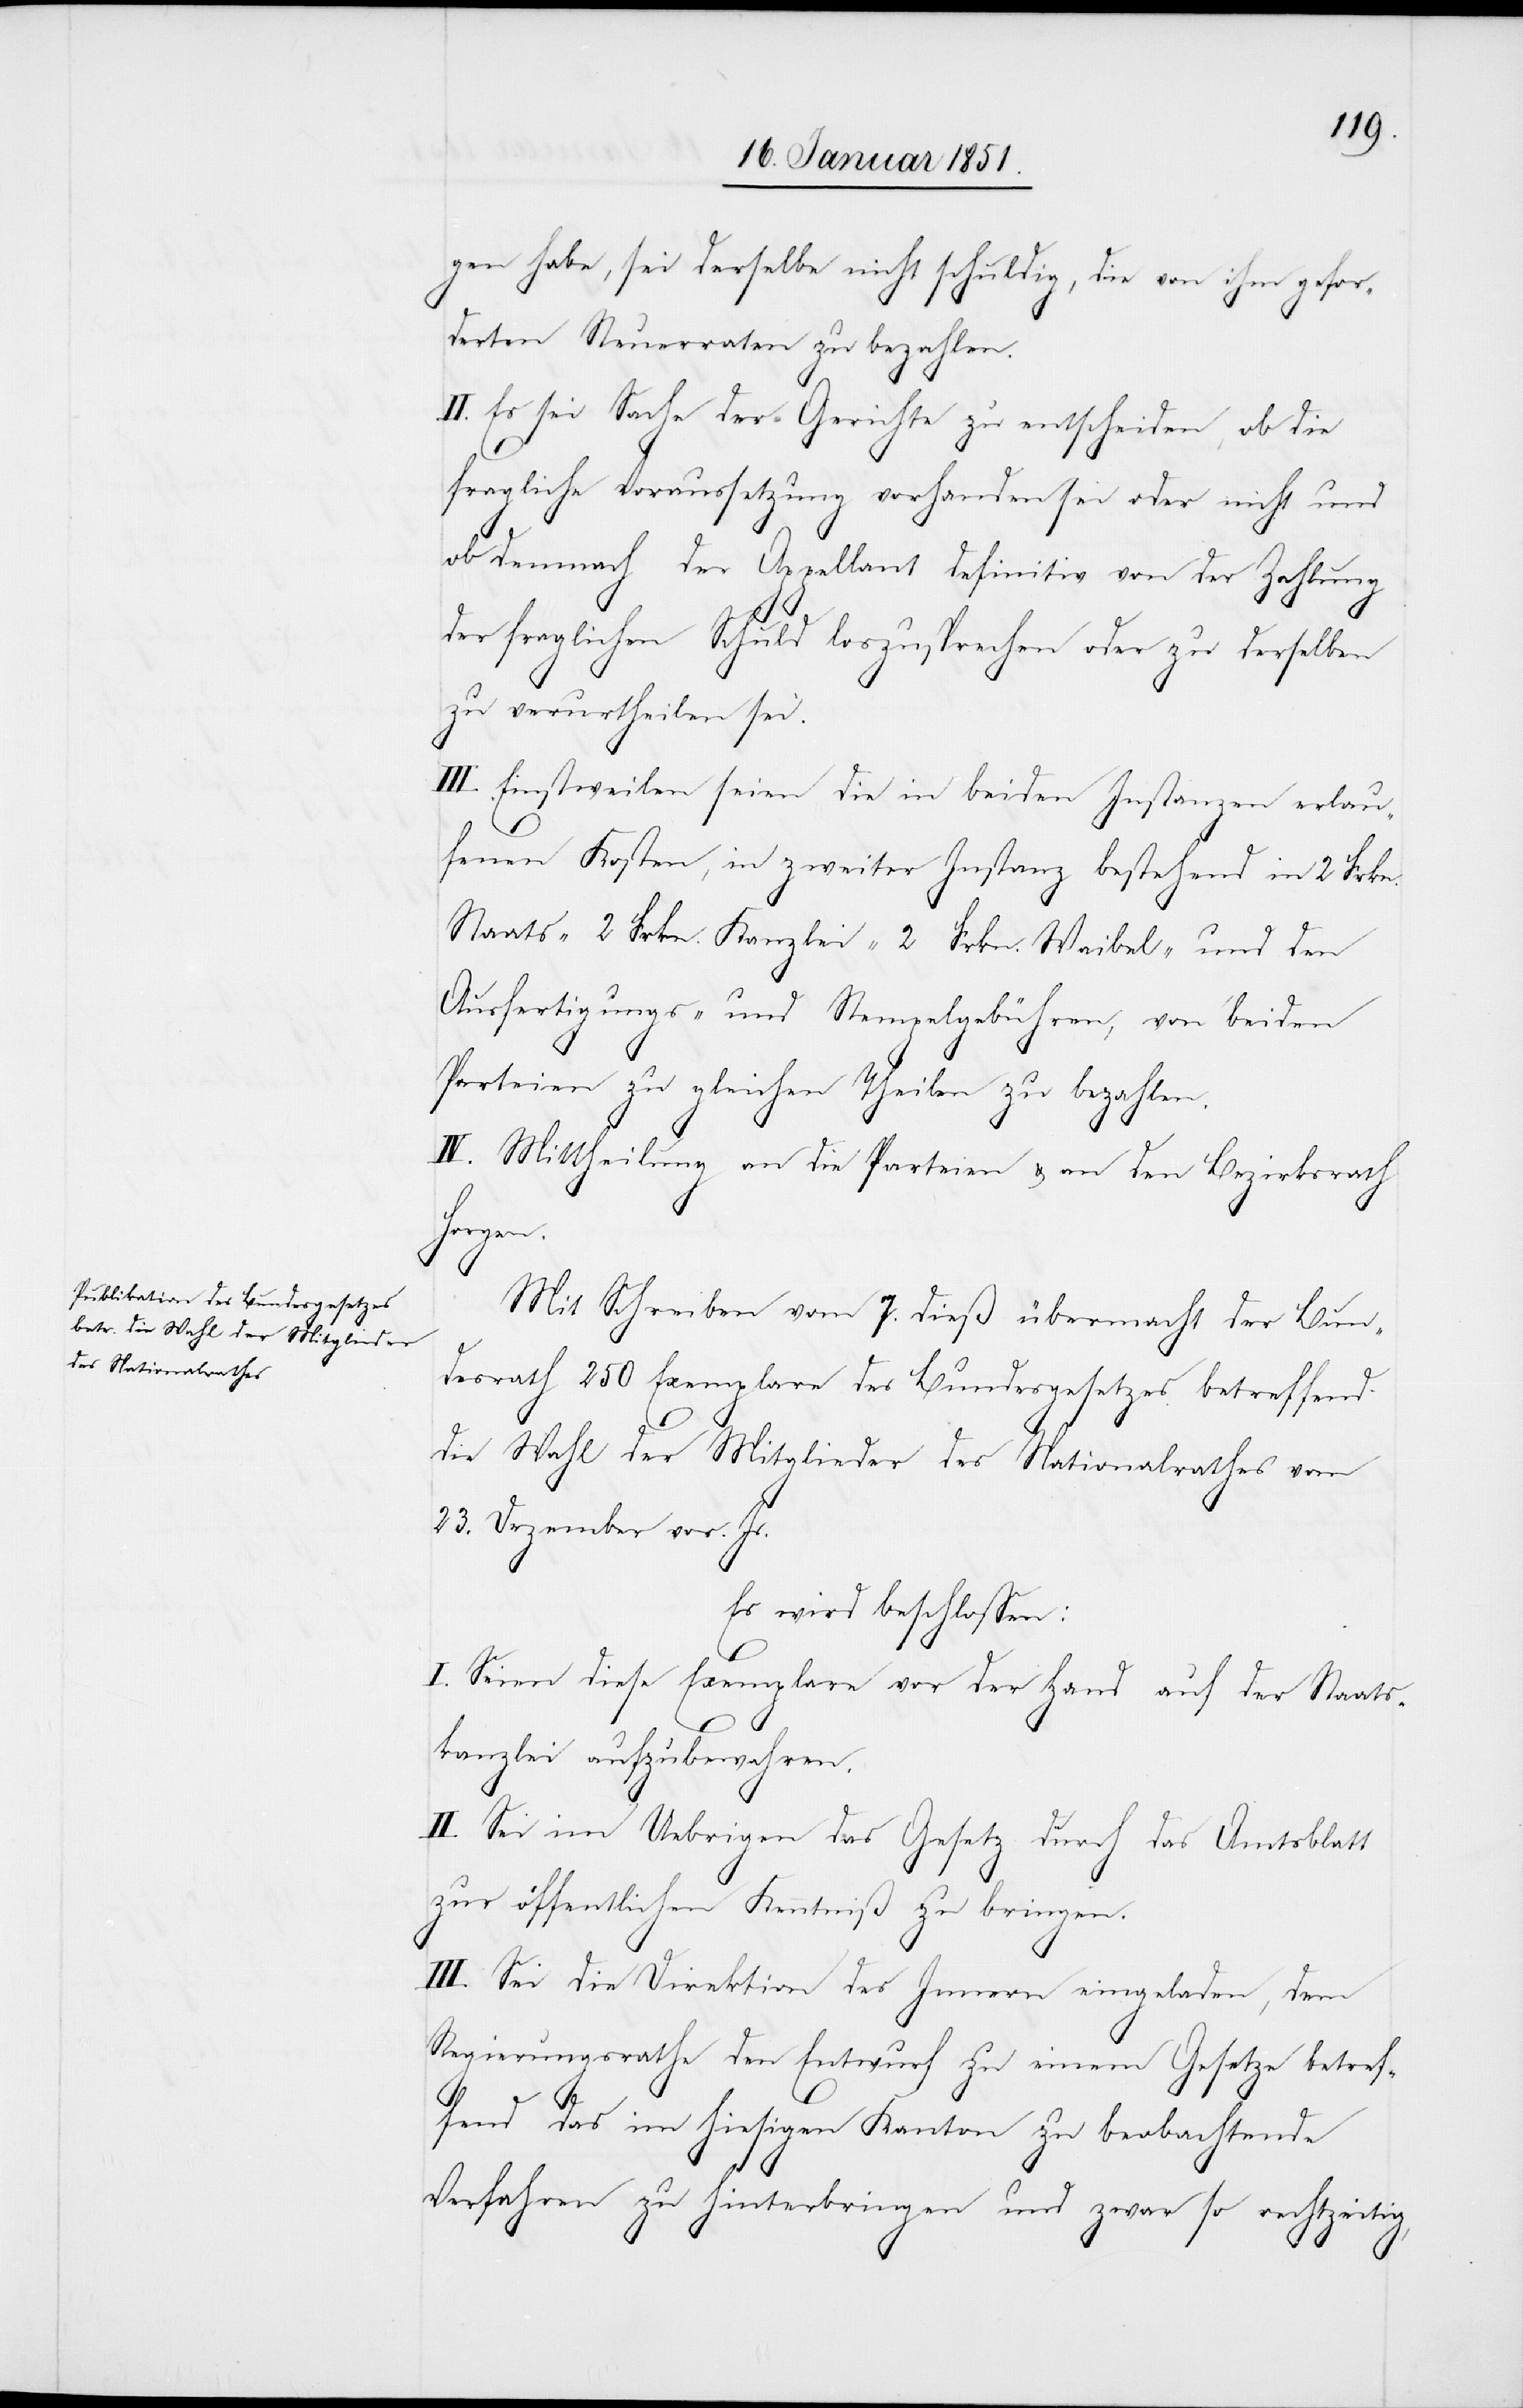
gen habe, sei derselbe nicht schuldig, die von ihm gefor¬
derten Steuerraten zu bezahlen.
II. Es sei Sache der Gerichte zu entscheiden, ob die
fragliche Voraussetzung vorhanden sei oder nicht und
ob demnach der Appellant definitiv von der Zahlung
der fraglichen Schuld loszusprechen oder zu derselben
zu verurtheilen sei.
III. Einstweilen seien die in beiden Instanzen erlau¬
fenen Kosten, in zweiter Instanz bestehend in 2 Frkn.
Staats-[,] 2 Frkn. Kanzlei-[,] 2 Frkn. Waibel- und den
Ausfertigungs- und Stempelgebühren, von beiden
Parteien zu gleichen Theilen zu bezahlen.
IV. Mittheilung an die Parteien & an den Bezirksrath
Horgen.
Mit Schreiben vom 7. dieß übermacht der Bun¬
desrath 250 Exemplare des Bundesgesetzes betreffend
die Wahl der Mitglieder des Nationalrathes vom
23. Dezember vor. Js.
Es wird beschlossen:
I. Seien diese Exemplare vor der Hand auf der Staats¬
kanzlei aufzubewahren.
II. Sei im Uebrigen das Gesetz durch das Amtsblatt
zur öffentlichen Kenntniß zu bringen.
III. Sei die Direktion des Innern eingeladen, dem
Regierungsrathe den Entwurf zu einem Gesetze betref¬
fend das im hiesigen Kanton zu beobachtende
Verfahren zu hinterbringen und zwar so rechtzeitig,